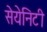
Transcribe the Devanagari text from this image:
सेयेनिटी